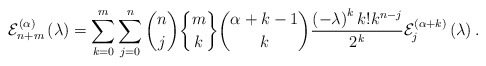
\begin{align*}\mathcal{E}_{n+m}^{\left( \alpha\right) }\left( \lambda\right) =\sum_{k=0}^{m}\sum_{j=0}^{n}\binom{n}{j}\genfrac{\{}{\}}{0pt}{}{m}{k}\binom{\alpha+k-1}{k}\frac{\left( -\lambda\right) ^{k}k!k^{n-j}}{2^{k}}\mathcal{E}_{j}^{\left( \alpha+k\right) }\left( \lambda\right) .\end{align*}